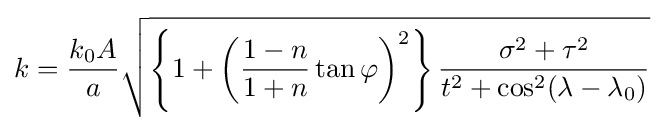
k={\frac {k_{0}A}{a}}{\sqrt {\left\{1+\left({\frac {1-n}{1+n}}\tan \varphi \right)^{2}\right\}{\frac {\sigma ^{2}+\tau ^{2}}{t^{2}+\cos ^{2}(\lambda -\lambda _{0})}}}}